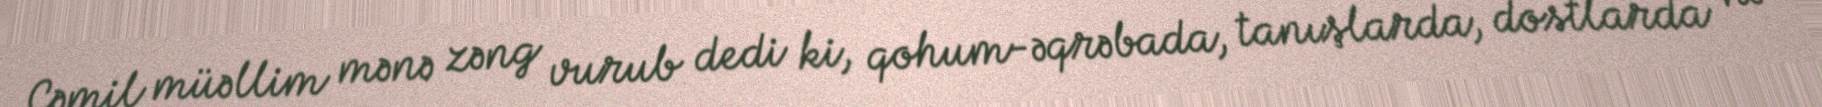
Cəmil müəllim mənə zəng vurub dedi ki, qohum-əqrəbada, tanışlarda, dostlarda nə